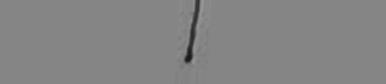
1